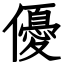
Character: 優